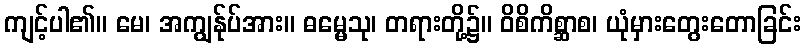
ကျင့်ပါ၏။ မေ၊ အကျွန်ုပ်အား။ ဓမ္မေသု၊ တရားတို့၌။ ဝိစိကိစ္ဆာစ၊ ယုံမှားတွေးတောခြင်း